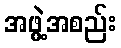
အဖွဲ့အစည်း